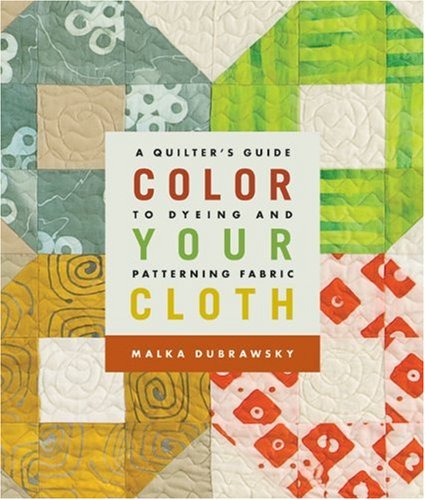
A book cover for Color Your Cloth: A Quilter's Guide to Dyeing and Patterning Fabric; Malka Dubrawsky; Crafts, Hobbies & Home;